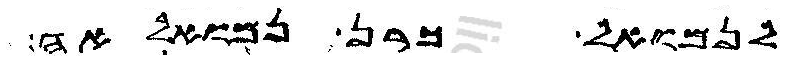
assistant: לנמואל כרן נמואלאה